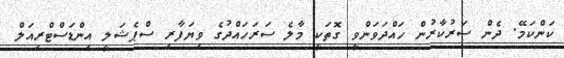
ކަންކަމޭ. ދެން ސަރުކާރުން ހައްދަވަންވީ ގޮތަކީ މާލެ ސަރަހައްދުގެ ވިޔަފާރި ސްޕެޝަލީ އިންޑަަސްޓްރިއަލް